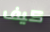
كيف